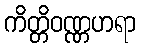
ကိတ္တိဝဏ္ဏဟရာ